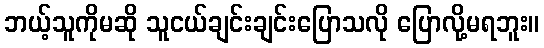
ဘယ့်သူကိုမဆို သူငယ်ချင်းချင်းပြောသလို ပြောလို့မရဘူး။